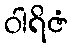
ဝါရိဇံ